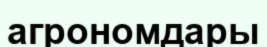
агрономдары